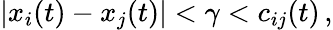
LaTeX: |x_{i}(t)-x_{j}(t)|<\gamma<c_{ij}(t)\, ,